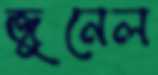
জুনেল